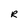
Character: R